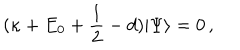
LaTeX: ( \kappa + E _ { 0 } + \frac { 1 } { 2 } - d ) | \Psi \rangle = 0 \, ,